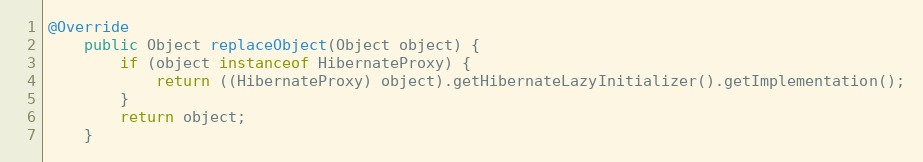
Language: Java
@Override
    public Object replaceObject(Object object) {
        if (object instanceof HibernateProxy) {
            return ((HibernateProxy) object).getHibernateLazyInitializer().getImplementation();
        }
        return object;
    }